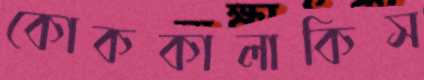
কোককালাকিস